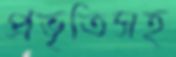
প্রভৃতিসহ